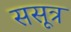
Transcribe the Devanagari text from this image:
ससूत्र